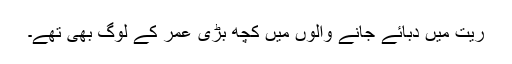
ریت میں دبائے جانے والوں میں کچھ بڑی عمر کے لوگ بھی تھے۔